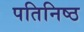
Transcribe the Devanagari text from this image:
पतिनिष्ठ